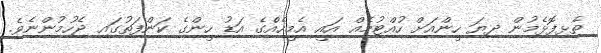
ތެޅިފޮޅެމުން ދިޔަ ހީންއަށް ހުއްްޓުމެއް އައީ އެމީހެއެްގެ އަޑު ހީންގެ ކަންފަތުގައި ޖެހުމުންނެވެ.